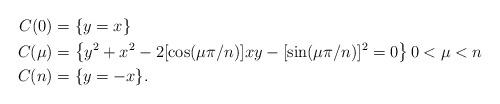
LaTeX: \begin{align*} C( 0 ) &= \{ y = x \} \\ C( \mu ) &= \left\{ y^2 + x^2 - 2 [ \cos( \mu \pi / n ) ] x y - [ \sin( \mu \pi / n ) ]^2 = 0 \right\} 0 < \mu < n \\ C( n ) &= \{ y = -x \}.\end{align*}